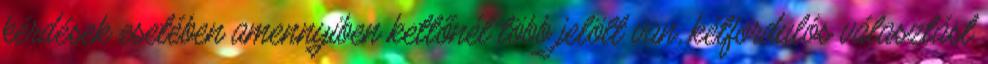
kérdések esetében amennyiben kettőnél több jelölt van, kétfordulós választást